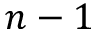
n - 1